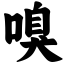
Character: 嗅